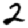
Digit: 2